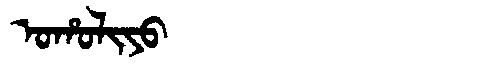
Manchu: ᠣᡥᠣᠯᡳᠶᠣ
Romanization: OHOLIYO